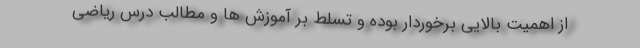
از اهمیت بالایی برخوردار بوده و تسلط بر آموزش ها و مطالب درس ریاضی